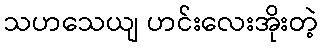
သဟသေယျ ဟင်းလေးအိုးတဲ့